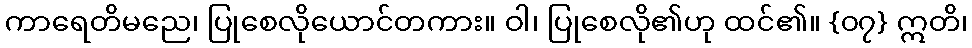
ကာရေတိမညေ၊ ပြုစေလိုယောင်တကား။ ဝါ၊ ပြုစေလို၏ဟု ထင်၏။ {၀၇} ဣတိ၊